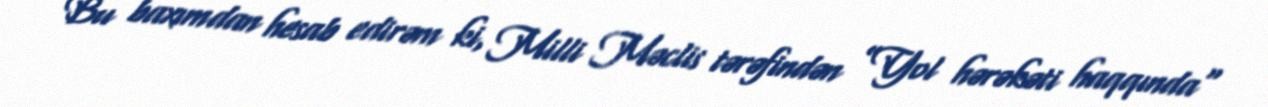
Bu baxımdan hesab edirəm ki, Milli Məclis tərəfindən ”Yol hərəkəti haqqında"